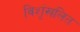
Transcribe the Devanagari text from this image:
विशृंखलित